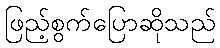
ဖြည့်စွက်ပြောဆိုသည်